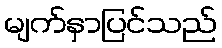
မျက်နှာပြင်သည်